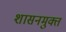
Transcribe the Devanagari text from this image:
शासनमुक्त